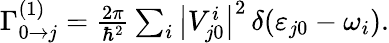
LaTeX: \begin{array}{r}{\Gamma_{0\to j}^{(1)}=\frac{2\pi}{\hbar^{2}}\sum_{i}\big|V_{j0}^{i}\big|^{2}\, \delta(\varepsilon_{j0}-\omega_{i}).}\end{array}